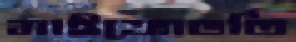
মাইক্রোভর্তি